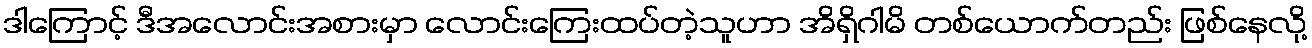
ဒါကြောင့် ဒီအလောင်းအစားမှာ လောင်းကြေးထပ်တဲ့သူဟာ အိရှိဂါမိ တစ်ယောက်တည်း ဖြစ်နေလို့